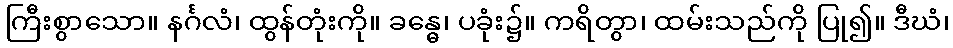
ကြီးစွာသော။ နင်္ဂလံ၊ ထွန်တုံးကို။ ခန္ဓေ၊ ပခုံး၌။ ကရိတွာ၊ ထမ်းသည်ကို ပြု၍။ ဒီဃံ၊